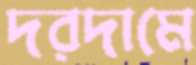
দরদামে